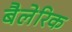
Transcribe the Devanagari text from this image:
बैलेरिक